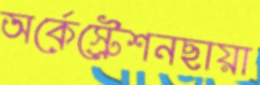
অর্কেস্ট্রেশনছায়া